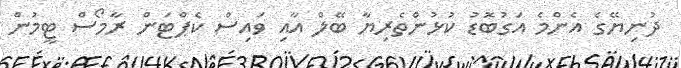
ދުނިޔޭގެ އެންމެ އަގުބޮޑު ކުޅުންތެރިޔާ ބޭލް އާއި ވައިސް ކެޕްޓަން ރާމޯސް ޓީމުން